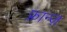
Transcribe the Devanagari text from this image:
फ़्रान्ज़